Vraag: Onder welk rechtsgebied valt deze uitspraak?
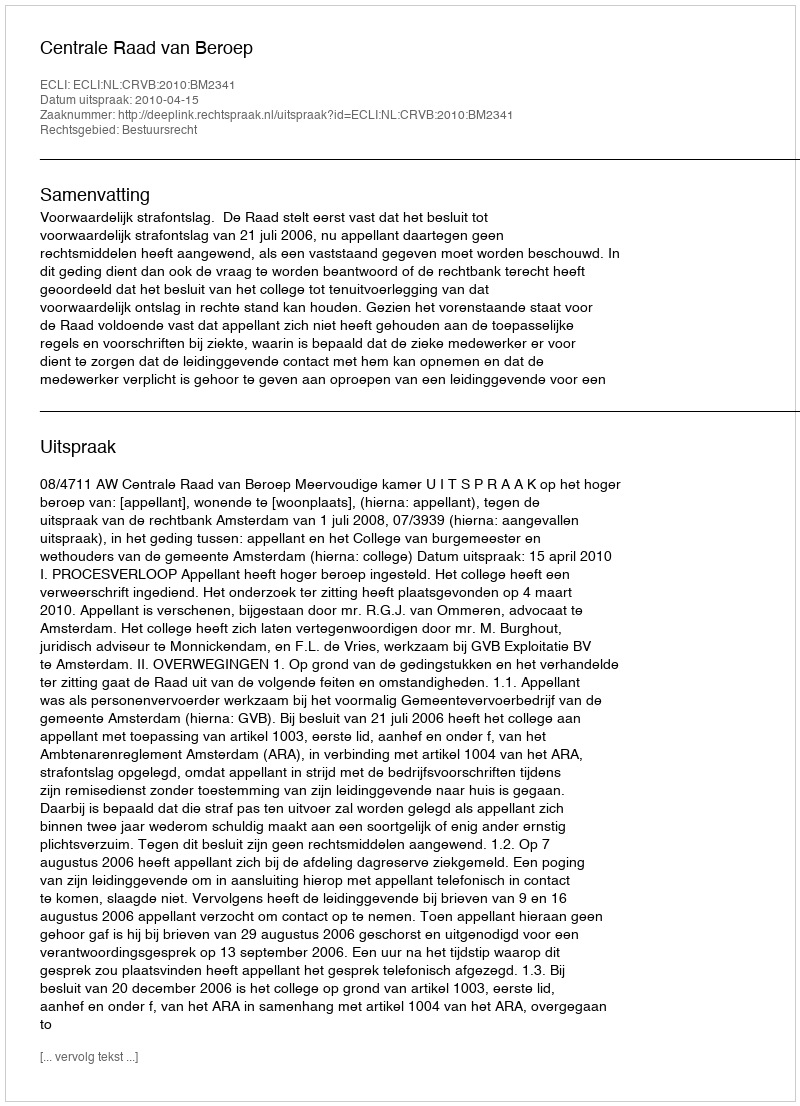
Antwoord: Bestuursrecht